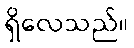
ရှိလေသည်။